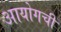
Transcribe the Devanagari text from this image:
आयोगची